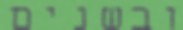
ובשנים